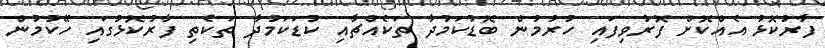
ފާރުކޮޅު އެއްކޮށް ފޮރުވިފައި ހުރުމުން ބޮޑުކަމުދާ ތަކެއްޗާއި ކުޑަކަމުދާ ތަކެތި ފާރުކޮޅުގައި ހޭކުމުން